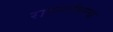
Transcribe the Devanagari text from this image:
रास्त्यांवरच